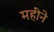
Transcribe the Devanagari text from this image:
महींने